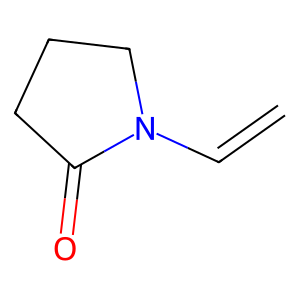
SMILES: C=CN1CCCC1=O
Inhibits HIV replication: No